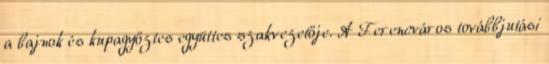
a bajnok és kupagyőztes együttes szakvezetője. A Ferencváros továbbjutási